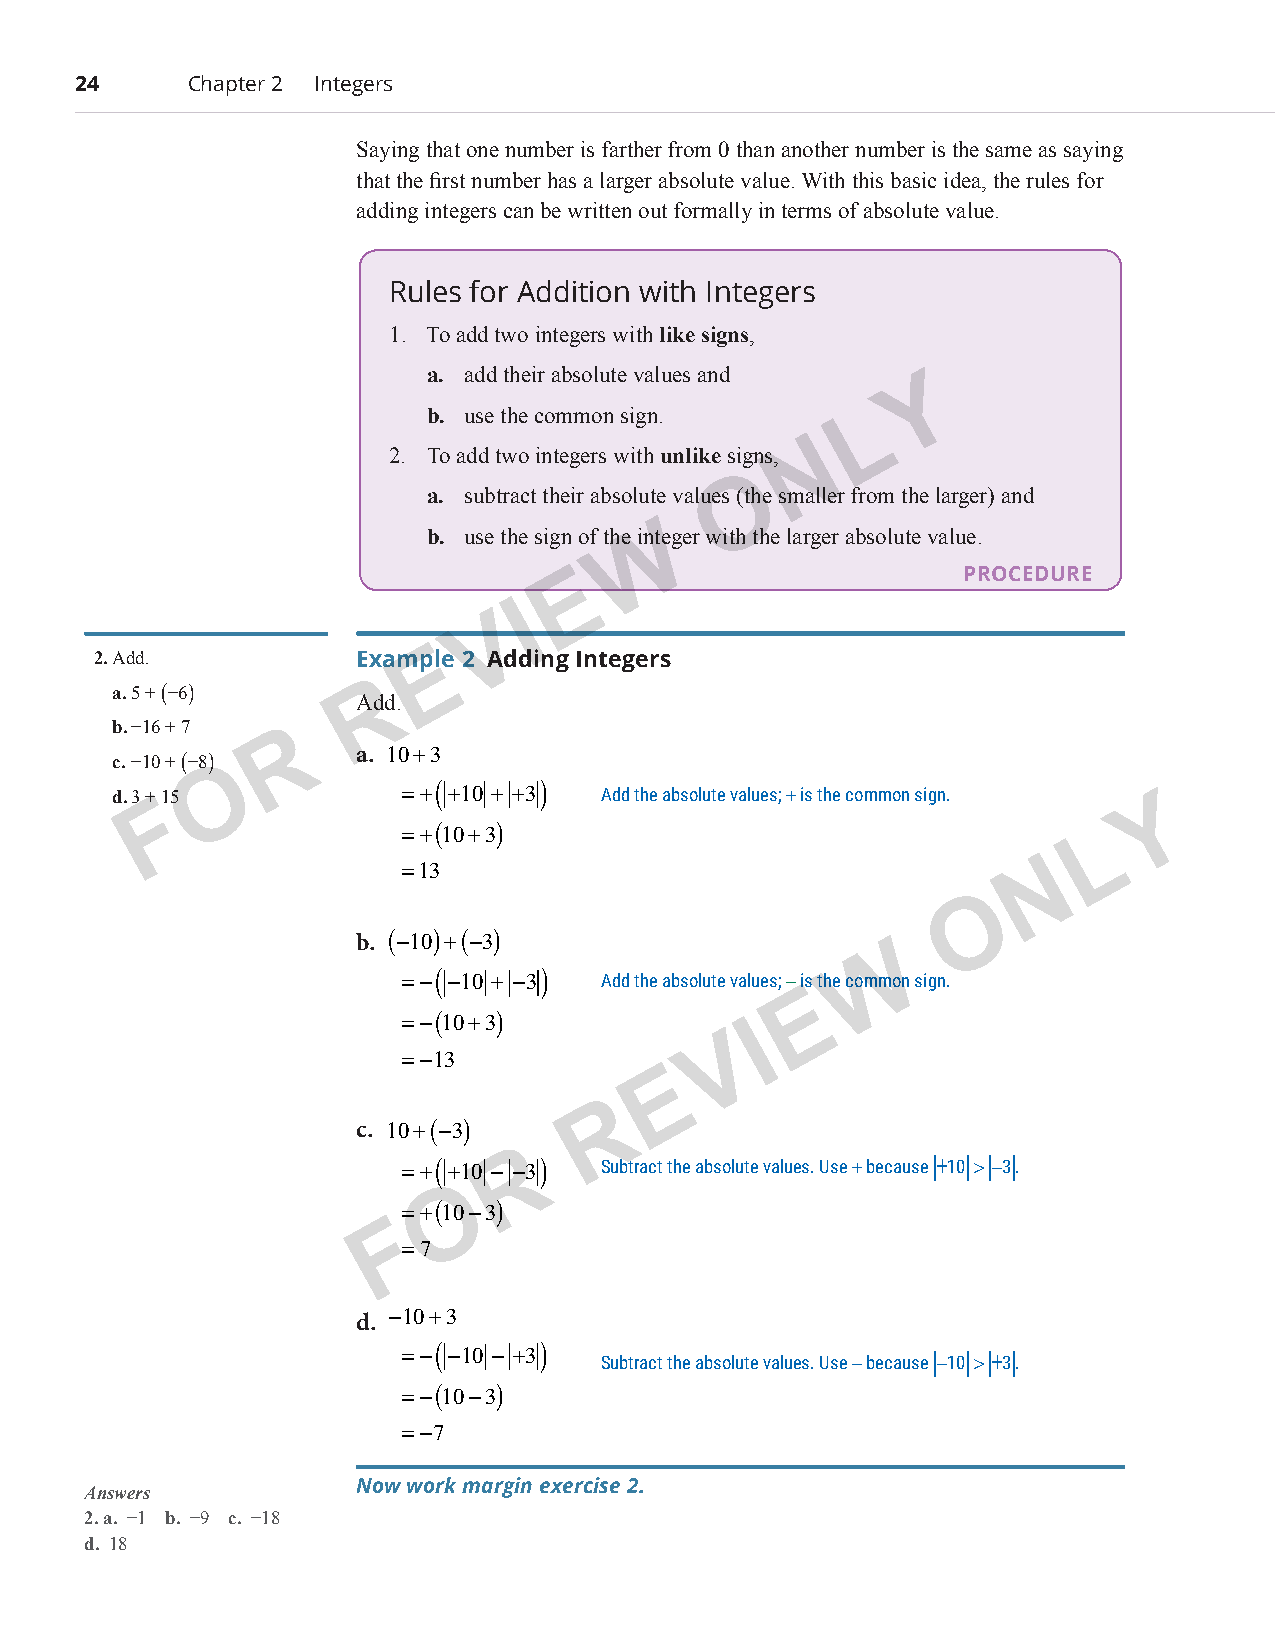
24      Chapter 2 Integers
 Saying that one number is farther from 0 than another number is the same as saying
 that the first number has a larger absolute value. With this basic idea, the rules for
 adding integers can be written out formally in terms of absolute value.
 Rules for Addition with Integers
 1. To add two integers with like signs,
 a. add their absolute values and
 Y
 b. use the common sign.       L
 N
 2. To add two integers with unlike signs,
 O
 a. subtract their absolute values (the smaller from the larger) and
 b. use the sign of theW integer with the larger absolute value.
 E                         PROCEDURE
 I
 V
 2. Add.           ExampEle 2 Adding Integers
 a. 5 + (−6)     R
 Add.
 b. −16 + 7
 R
 c. −10 + (−8)   a. 10+3
 O
 (      )
 d. 3 + F15         =+ +10 + +3  Add the absolute values; + is the common sign. Y
 =+(10+3)                                      L
 =13                                       N
 O
 b. (−10)+(−3)
 W
 (      )
 =− −10 + −3  Add the absolute values; − is the common sign.
 E
 =−(10+3)
 I
 V
 =−13
 E
 R
 c. 10+(−3)
 R
 =+( +10 − −3) Subtract the absolute values. Use + because |+10| > |−3|.
 O
 =+(10−3)
 F
 =7
 d. −10+3
 (      )
 =− −10 − +3  Subtract the absolute values. Use − because |−10| > |+3|.
 =−(10−3)
 =−7
 Answers           Now work margin exercise 2.
 2. a. −1 b. −9 c. −18
 d. 18
 PCM_Marketing_Booklet.indb 24                                            10/11/2017 9:58:36 AM